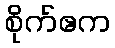
စိုက်ဧက